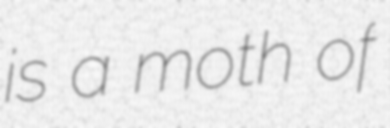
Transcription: is a moth of